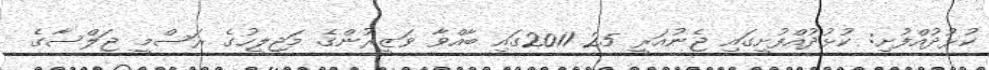
ކުޅުދުއްފުށި: ކުޅުދުއްފުށީގައި ޖެނުއަރީ 25 2011ގައި ބާއްވާ ވަޒީރުންގެ މަޖިލީހުގެ ރަސްމީ ޖަލްސާގެ